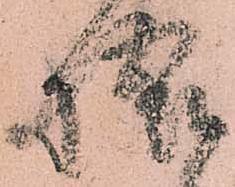
悟